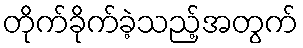
တိုက်ခိုက်ခဲ့သည့်အတွက်